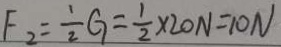
F _ { 2 } = \frac { 1 } { 2 } G = \frac { 1 } { 2 } \times 2 0 N = 1 0 N